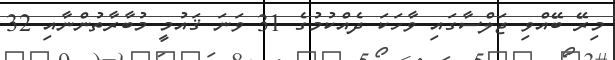
މިރޭ ބޭއްވި ޖަލްސާގައި ވާހަކަ ދެއްކުމުގެ 31 ވަނަ ޤައުމީ މުބާރާތުންނާއި 32